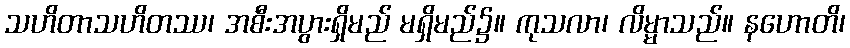
သဟိတာသဟိတဿ၊ အစီးအပွားရှိမည် မရှိမည်၌။ ကုသလာ၊ လိမ္မာသည်။ နဟောတိ၊